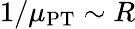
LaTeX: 1/\mu_{\mathrm{PT}}\sim R